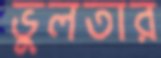
ভুলতার